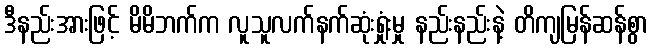
ဒီနည်းအားဖြင့် မိမိဘက်က လူသူလက်နက်ဆုံးရှုံးမှု နည်းနည်းနဲ့ တိကျမြန်ဆန်စွာ